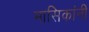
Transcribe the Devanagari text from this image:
मासिकांनी